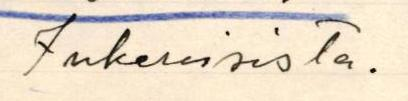
Inkeroisista.